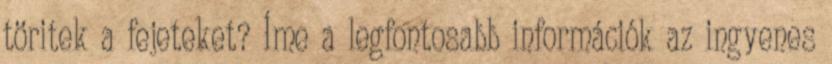
töritek a fejeteket? Íme a legfontosabb információk az ingyenes